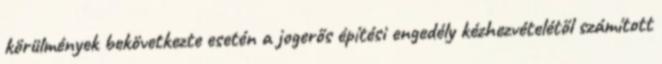
körülmények bekövetkezte esetén a jogerős építési engedély kézhezvételétől számított